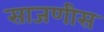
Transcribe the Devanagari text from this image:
साजणीस